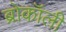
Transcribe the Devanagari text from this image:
ब्रोकॉली